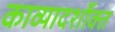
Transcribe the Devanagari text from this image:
काव्यादर्शोक्त